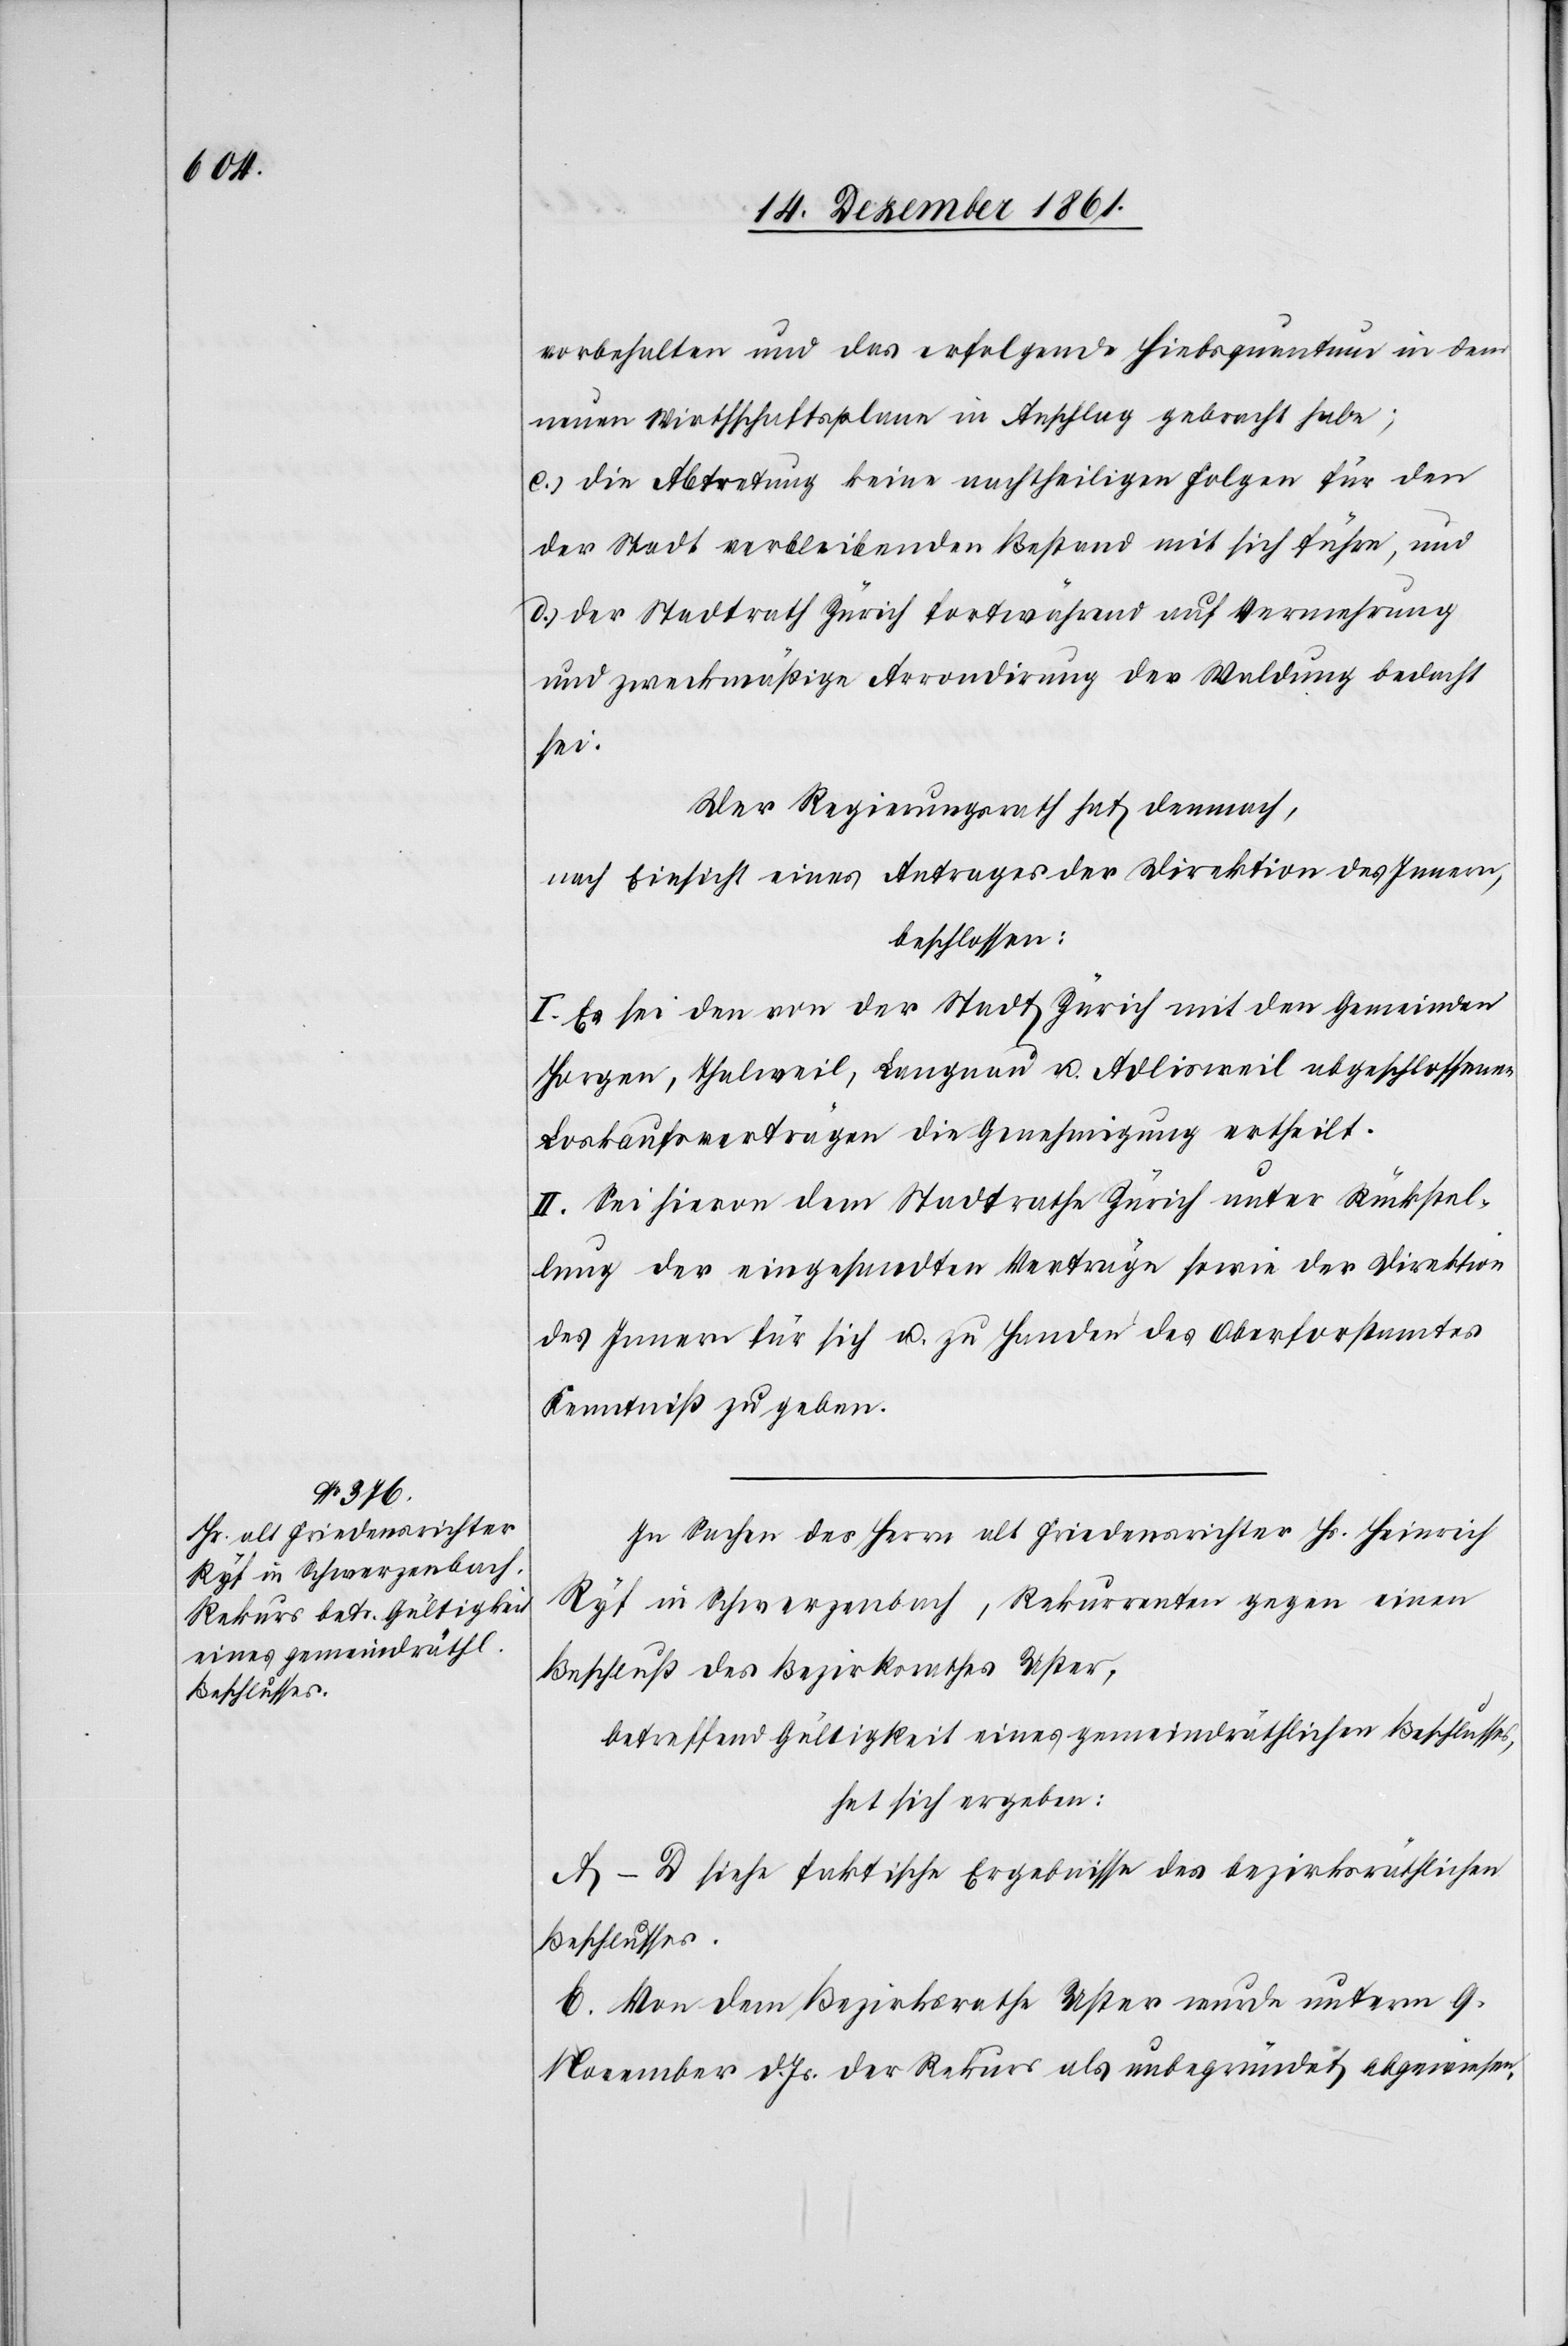
vorbehalten und das erfolgende Hiebsquantum in dem
neuen Wirthschaftsplane in Anschlag gebracht habe;
c.) die Abtretung keine nachtheiligen Folgen für den
der Stadt verbleibenden Bestand mit sich führe, und
d.) der Stadtrath Zürich fortwährend auf Vermehrung
und zweckmäßige Arrondirung der Waldung bedacht
sei.
Der Regierungsrath hat demnach,
nach Einsicht eines Antrages der Direktion des Innern,
beschlossen:
I. Es sei den von der Stadt Zürich mit den Gemeinden
Horgen, Thalweil, Langnau u. Adlisweil abgeschlossenen
Loskaufsverträgen die Genehmigung ertheilt.
II. Sei hievon dem Stadtrathe Zürich unter Rückstel¬
lung der eingesandten Verträge sowie der Direktion
des Innern für sich u. zu Handen des Oberforstamtes
Kenntniß zu geben.
In Sachen des Herrn alt Friedensrichter Hs. Heinrich
Ryf in Schwerzenbach, Rekurrenten gegen einen
Beschluß des Bezirksrathes Uster,
betreffend Gültigkeit eines gemeindräthlichen Beschlusses,
hat sich ergeben:
A–D siehe faktische Ergebnisse des bezirksräthlichen
Beschlusses.
E. Von dem Bezirksrathe Uster wurde unterm 9
November d. Js. der Rekurs als unbegründet abgewiesen.